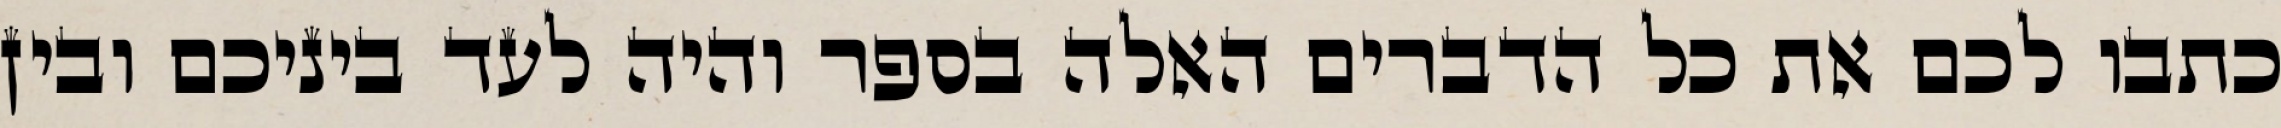
כתבו לכם את כל הדברים האלה בספר והיה לעד ביניכם ובין